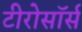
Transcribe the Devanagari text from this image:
टीरोसॉर्स